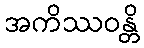
အကိဿဝန္တိ